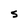
Character: S